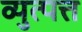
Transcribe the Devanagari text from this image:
व्युत्पत्त